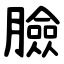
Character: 臉